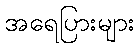
အရေပြားများ